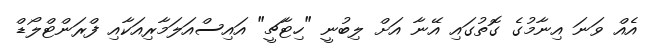
އެއް ވަނަ އިނާމުގެ ގޮތުގައި އޭނާ އަށް ލިބުނީ "ހިޓާޗީ" އައިސްއަލަމާރިއަކާއި ފްރަންޓްލޯޑް